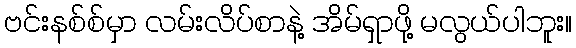
ဗင်းနစ်စ်မှာ လမ်းလိပ်စာနဲ့ အိမ်ရှာဖို့ မလွယ်ပါဘူး။